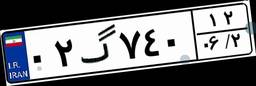
۲۶گ۵۴۱۲۰